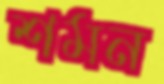
শমন